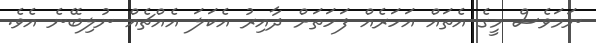
ނަމަވެސް މީގެ އެތައް އަހަރެއް ފަހަތަށް ދާއިރު އެކަލަ އެއްޗެއް ނުލިބޭނެ އެވެ.